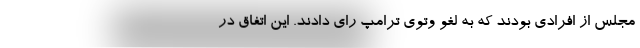
مجلس از افرادی بودند که به لغو وتوی ترامپ رای دادند. این اتفاق در